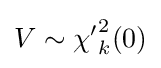
V\sim {\chi '}_{k}^{2}(0)